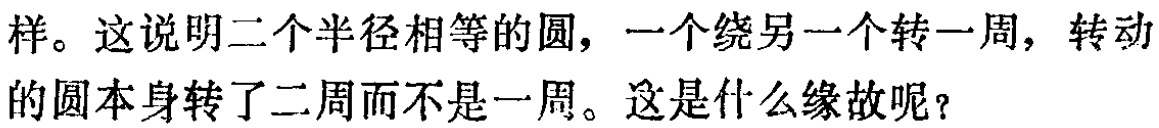
样。这说明二个半径相等的圆，一个绕另一个转一周，转动的圆本身转了二周而不是一周。这是什么缘故呢？